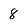
Character: 8